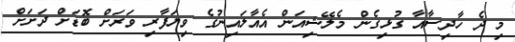
މި ދެ ހާދިސާއާ ގުޅިގެން މެލޭޝިއަން އެއާލައިނުގެ ވިޔަފާރި ވަރަށް ބޮޑަށް ދަށަށް